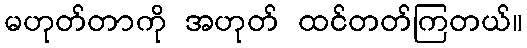
မဟုတ်တာကို အဟုတ် ထင်တတ်ကြတယ်။